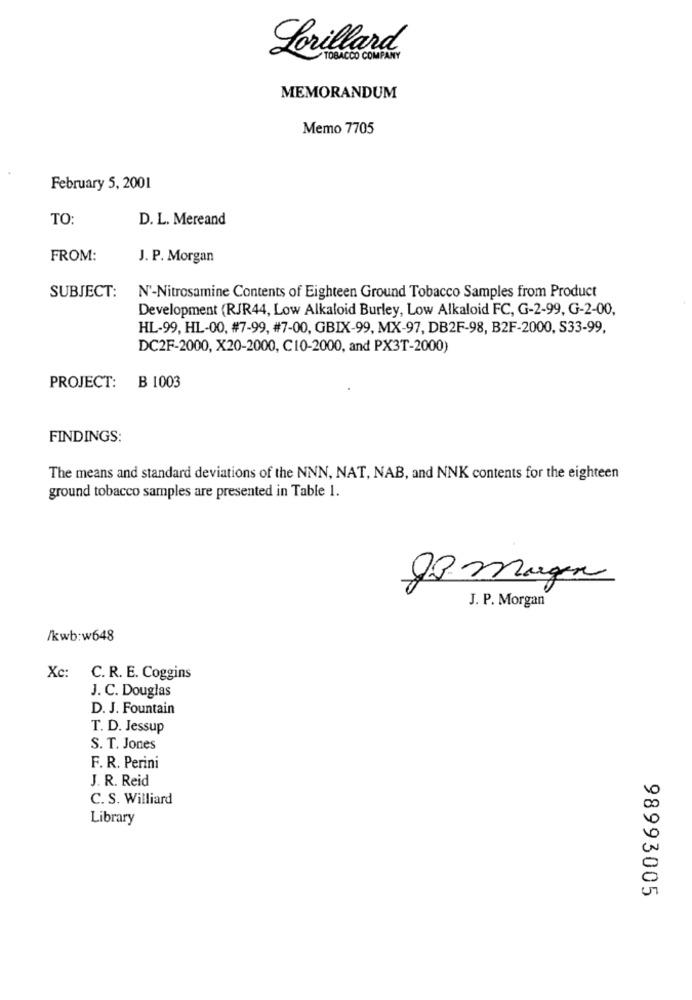
Lorillard
TOBACCO COMPANY
MEMORANDUM
Memo 7705
February 5, 2001
TO:
D. L. Mereand
FROM:
J. P. Morgan
SUBJECT:
N'-Nitrosamine Contents of Eighteen Ground Tobacco Samples from Product
Development (RJR44, Low Alkaloid Burley, Low Alkaloid FC, G-2-99, G-2-00,
HL-99, HL-00, #7-99, #7-00, GBIX-99, MX-97, DB2F-98, B2F-2000, S33-99,
DC2F-2000, X20-2000, C10-2000, and PX3T-2000)
PROJECT: B 1003
FINDINGS:
The means and standard deviations of the NNN, NAT, NAB, and NNK contents for the eighteen
ground tobacco samples are presented in Table 1.
83 magen
J. P. Morgan
/kwb:w648
Xc: C. R. E. Coggins
J. C. Douglas
D. J. Fountain
T. D. Jessup
S. T. Jones
F. R. Perini
J. R. Reid
C. S. Williard
Library
98993005